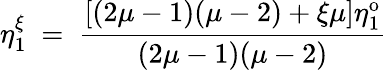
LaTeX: \eta_{1}^{\xi}~=~\frac{[(2\mu-1)(\mu-2)+\xi\mu]\eta_{1}^{\mathrm{o}}}{(2\mu-1)(\mu-2)}